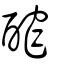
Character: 醡